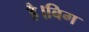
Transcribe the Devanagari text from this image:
है।बिग